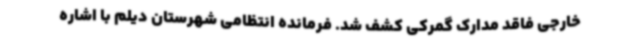
خارجی فاقد مدارک گمرکی کشف شد. فرمانده انتظامی شهرستان دیلم با اشاره